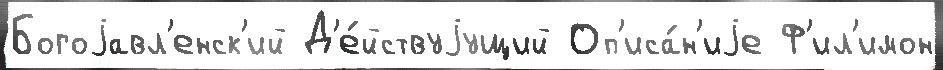
Богоjавл'енск'ий Д'е́йствуjущий Оп'иса́н'иjе Ф'ил'имон